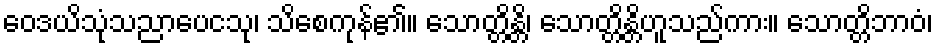
ဝေဒယိသုံသညာပေငသု၊ သိစေကုန်၏။ သောတ္တိန္တိ၊ သောတ္တိန္တိဟူသည်ကား။ သောတ္တိဘာဝံ၊